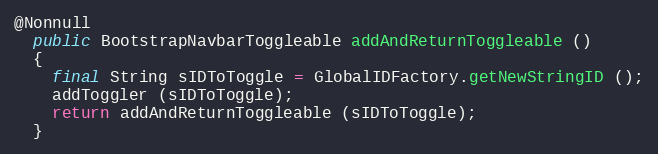
Language: Java
@Nonnull
  public BootstrapNavbarToggleable addAndReturnToggleable ()
  {
    final String sIDToToggle = GlobalIDFactory.getNewStringID ();
    addToggler (sIDToToggle);
    return addAndReturnToggleable (sIDToToggle);
  }